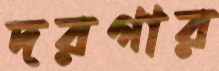
দরগার